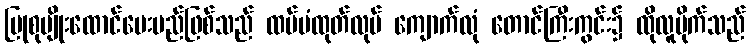
ပြုစုပျိုးထောင်ပေးမည်ဖြစ်သည် ထပ်မံထုတ်လုပ် ကျောက်လုံ တောင်ကြီးကွင်း၌ ထိုလူမိုက်သည်